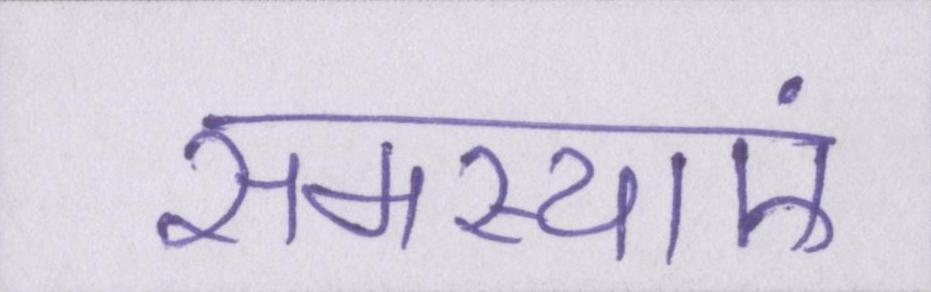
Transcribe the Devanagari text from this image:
समस्याएं